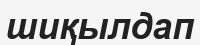
шиқылдап